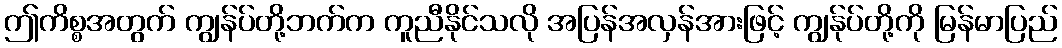
ဤကိစ္စအတွက် ကျွန်ပ်တို့ဘက်က ကူညီနိုင်သလို အပြန်အလှန်အားဖြင့် ကျွန်ုပ်တို့ကို မြန်မာပြည်